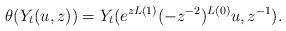
LaTeX: \begin{align*}\theta(Y_t(u, z))=Y_t(e^{zL(1)}(-z^{-2})^{L(0)}u, z^{-1}).\end{align*}